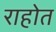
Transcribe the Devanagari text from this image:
राहोत